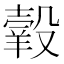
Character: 𦎯